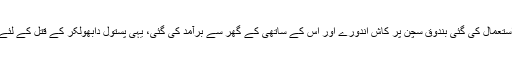
گوری لنکیش کے قتل میں استعمال کی گئی بندوق سچن پر کاش اندورے اور اس کے ساتھی کے گھر سے برآمد کی گئی، یہی پستول دابھولکر کے قتل کے لئے بھی استعمال کی گئی تھی۔